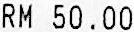
RM 50.00